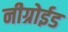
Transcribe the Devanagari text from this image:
नीग्रोईड